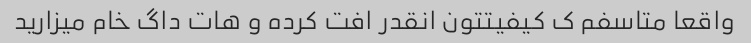
واقعا متاسفم ک کیفیتتون انقدر افت کرده و هات داگ خام میزارید